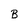
Character: B